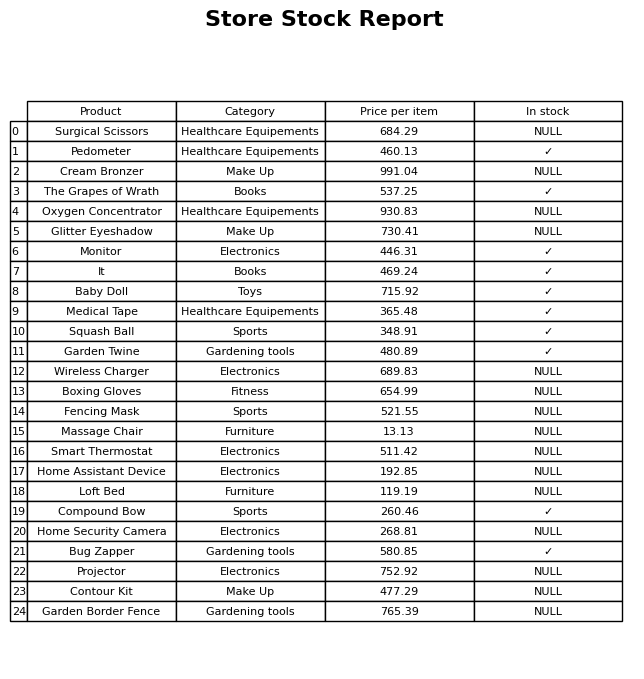
question: What is the price of the Cream Bronzer?
answer: The price of Cream Bronzer is 991.04.